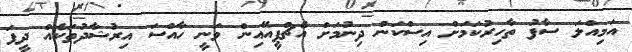
އަމިއްލަ ސާފު ތާހިރުކަމަށް އިސްކަން ދިނުމަށް އެޗްޕީއޭއިން ވަނީ ހާއްސަ އިރުޝާދުތަކެއް ދީފަ